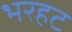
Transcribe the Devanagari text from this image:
भरहट